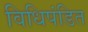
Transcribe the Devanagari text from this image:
विधिपंडित